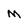
Character: M